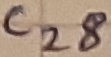
Text: C28